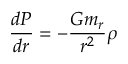
\frac { d P } { d r } = - \frac { G m _ { r } } { r ^ { 2 } } \rho